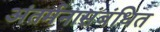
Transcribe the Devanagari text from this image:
अंतर्मनासंबंधित